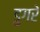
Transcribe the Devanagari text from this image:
डुगरे